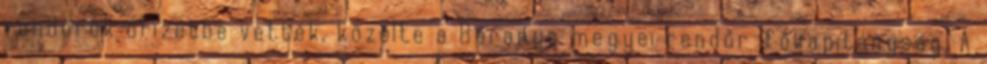
rendőrök őrizetbe vették, közölte a Baranya megyei rendőr-főkapitányság. A